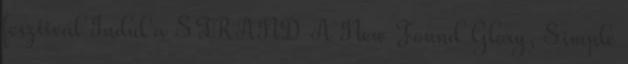
fesztivál Indul a STRAND A New Found Glory, Simple